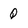
Character: Q